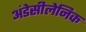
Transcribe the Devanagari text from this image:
अंडेसीलेनिक